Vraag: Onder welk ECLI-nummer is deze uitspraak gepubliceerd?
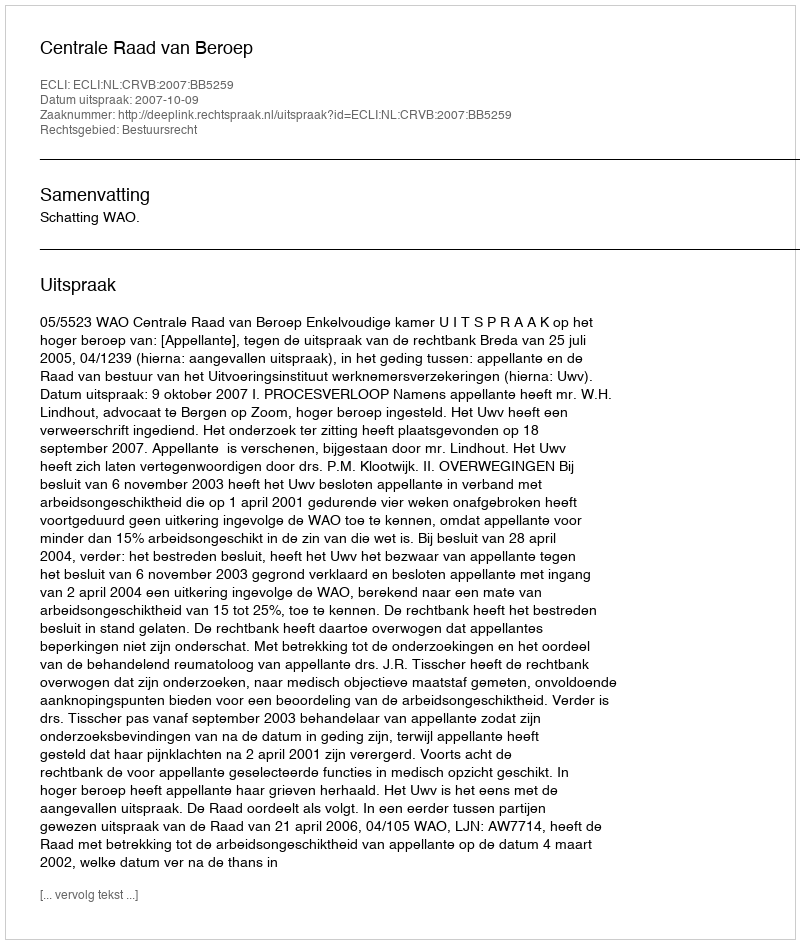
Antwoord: ECLI:NL:CRVB:2007:BB5259